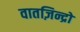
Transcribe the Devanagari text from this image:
वातज़िन्द्रो